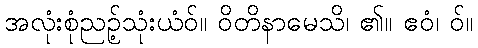
အလုံးစုံညဉ့်သုံးယံဝ်။ ဝိတိနာမေသိ၊ ၏။ ဧဝံ၊ ဝ်။